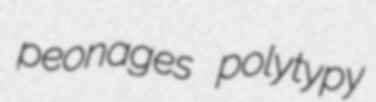
peonages polytypy